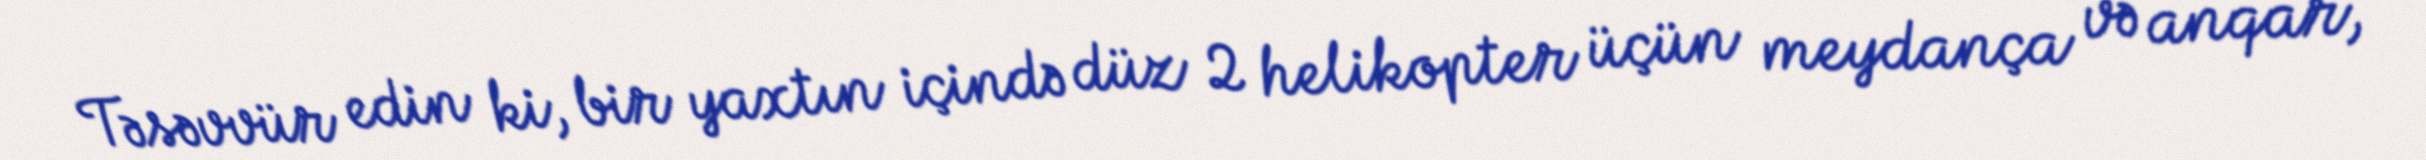
Təsəvvür edin ki, bir yaxtın içində düz 2 helikopter üçün meydança və anqar,